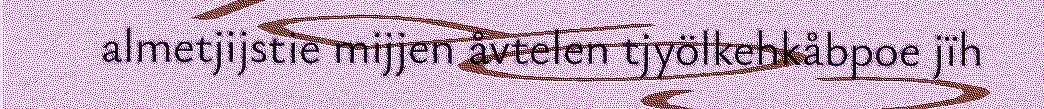
almetjijstie mijjen åvtelen tjyölkehkåbpoe jïh